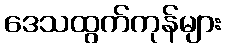
ဒေသထွက်ကုန်များ